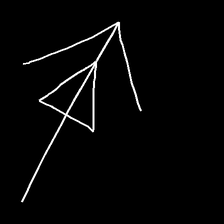
Glyph: pull